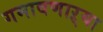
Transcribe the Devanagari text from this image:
गमावणाऱ्या